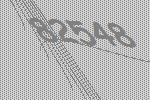
82548